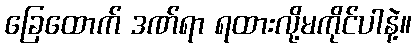
ခြေထောက် ဒဏ်ရာ ရထားလို့မကိုင်ပါနဲ့။